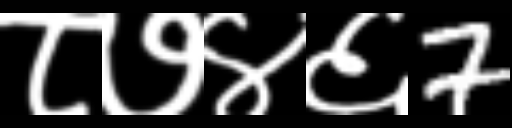
Text: ८७४६7